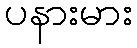
ပနားမား